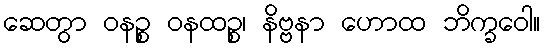
ဆေတွာ ဝနဉ္စ ဝနထဉ္စ၊ နိဗ္ဗနာ ဟောထ ဘိက္ခဝေါ။